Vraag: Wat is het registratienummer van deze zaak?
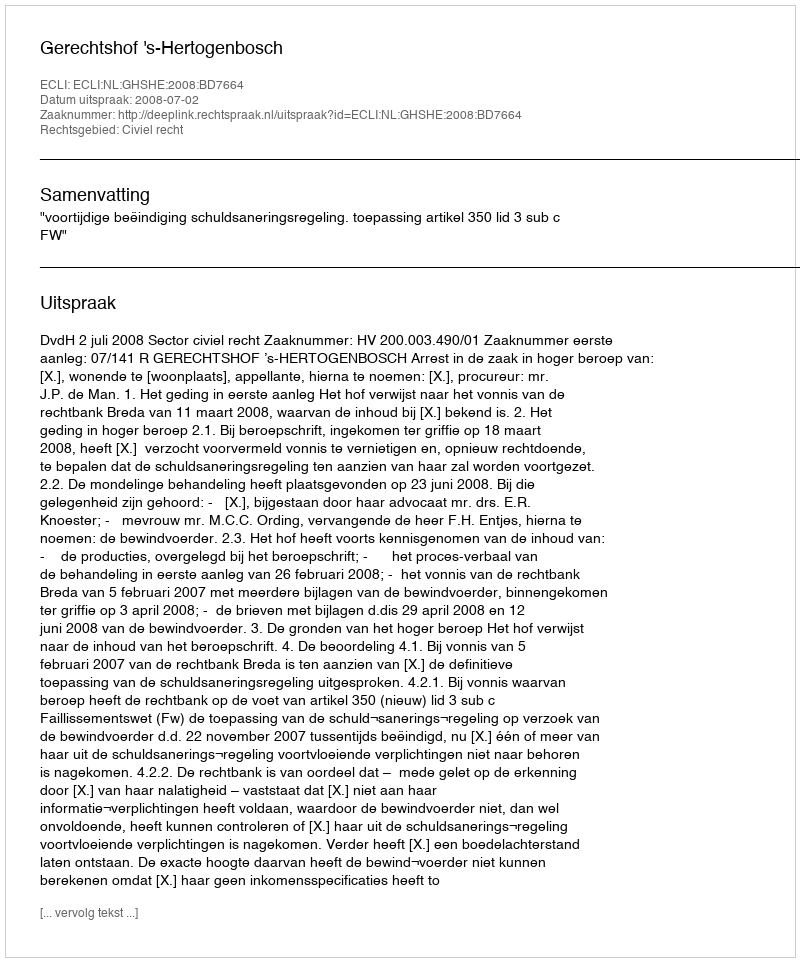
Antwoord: http://deeplink.rechtspraak.nl/uitspraak?id=ECLI:NL:GHSHE:2008:BD7664